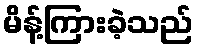
မိန့်ကြားခဲ့သည်